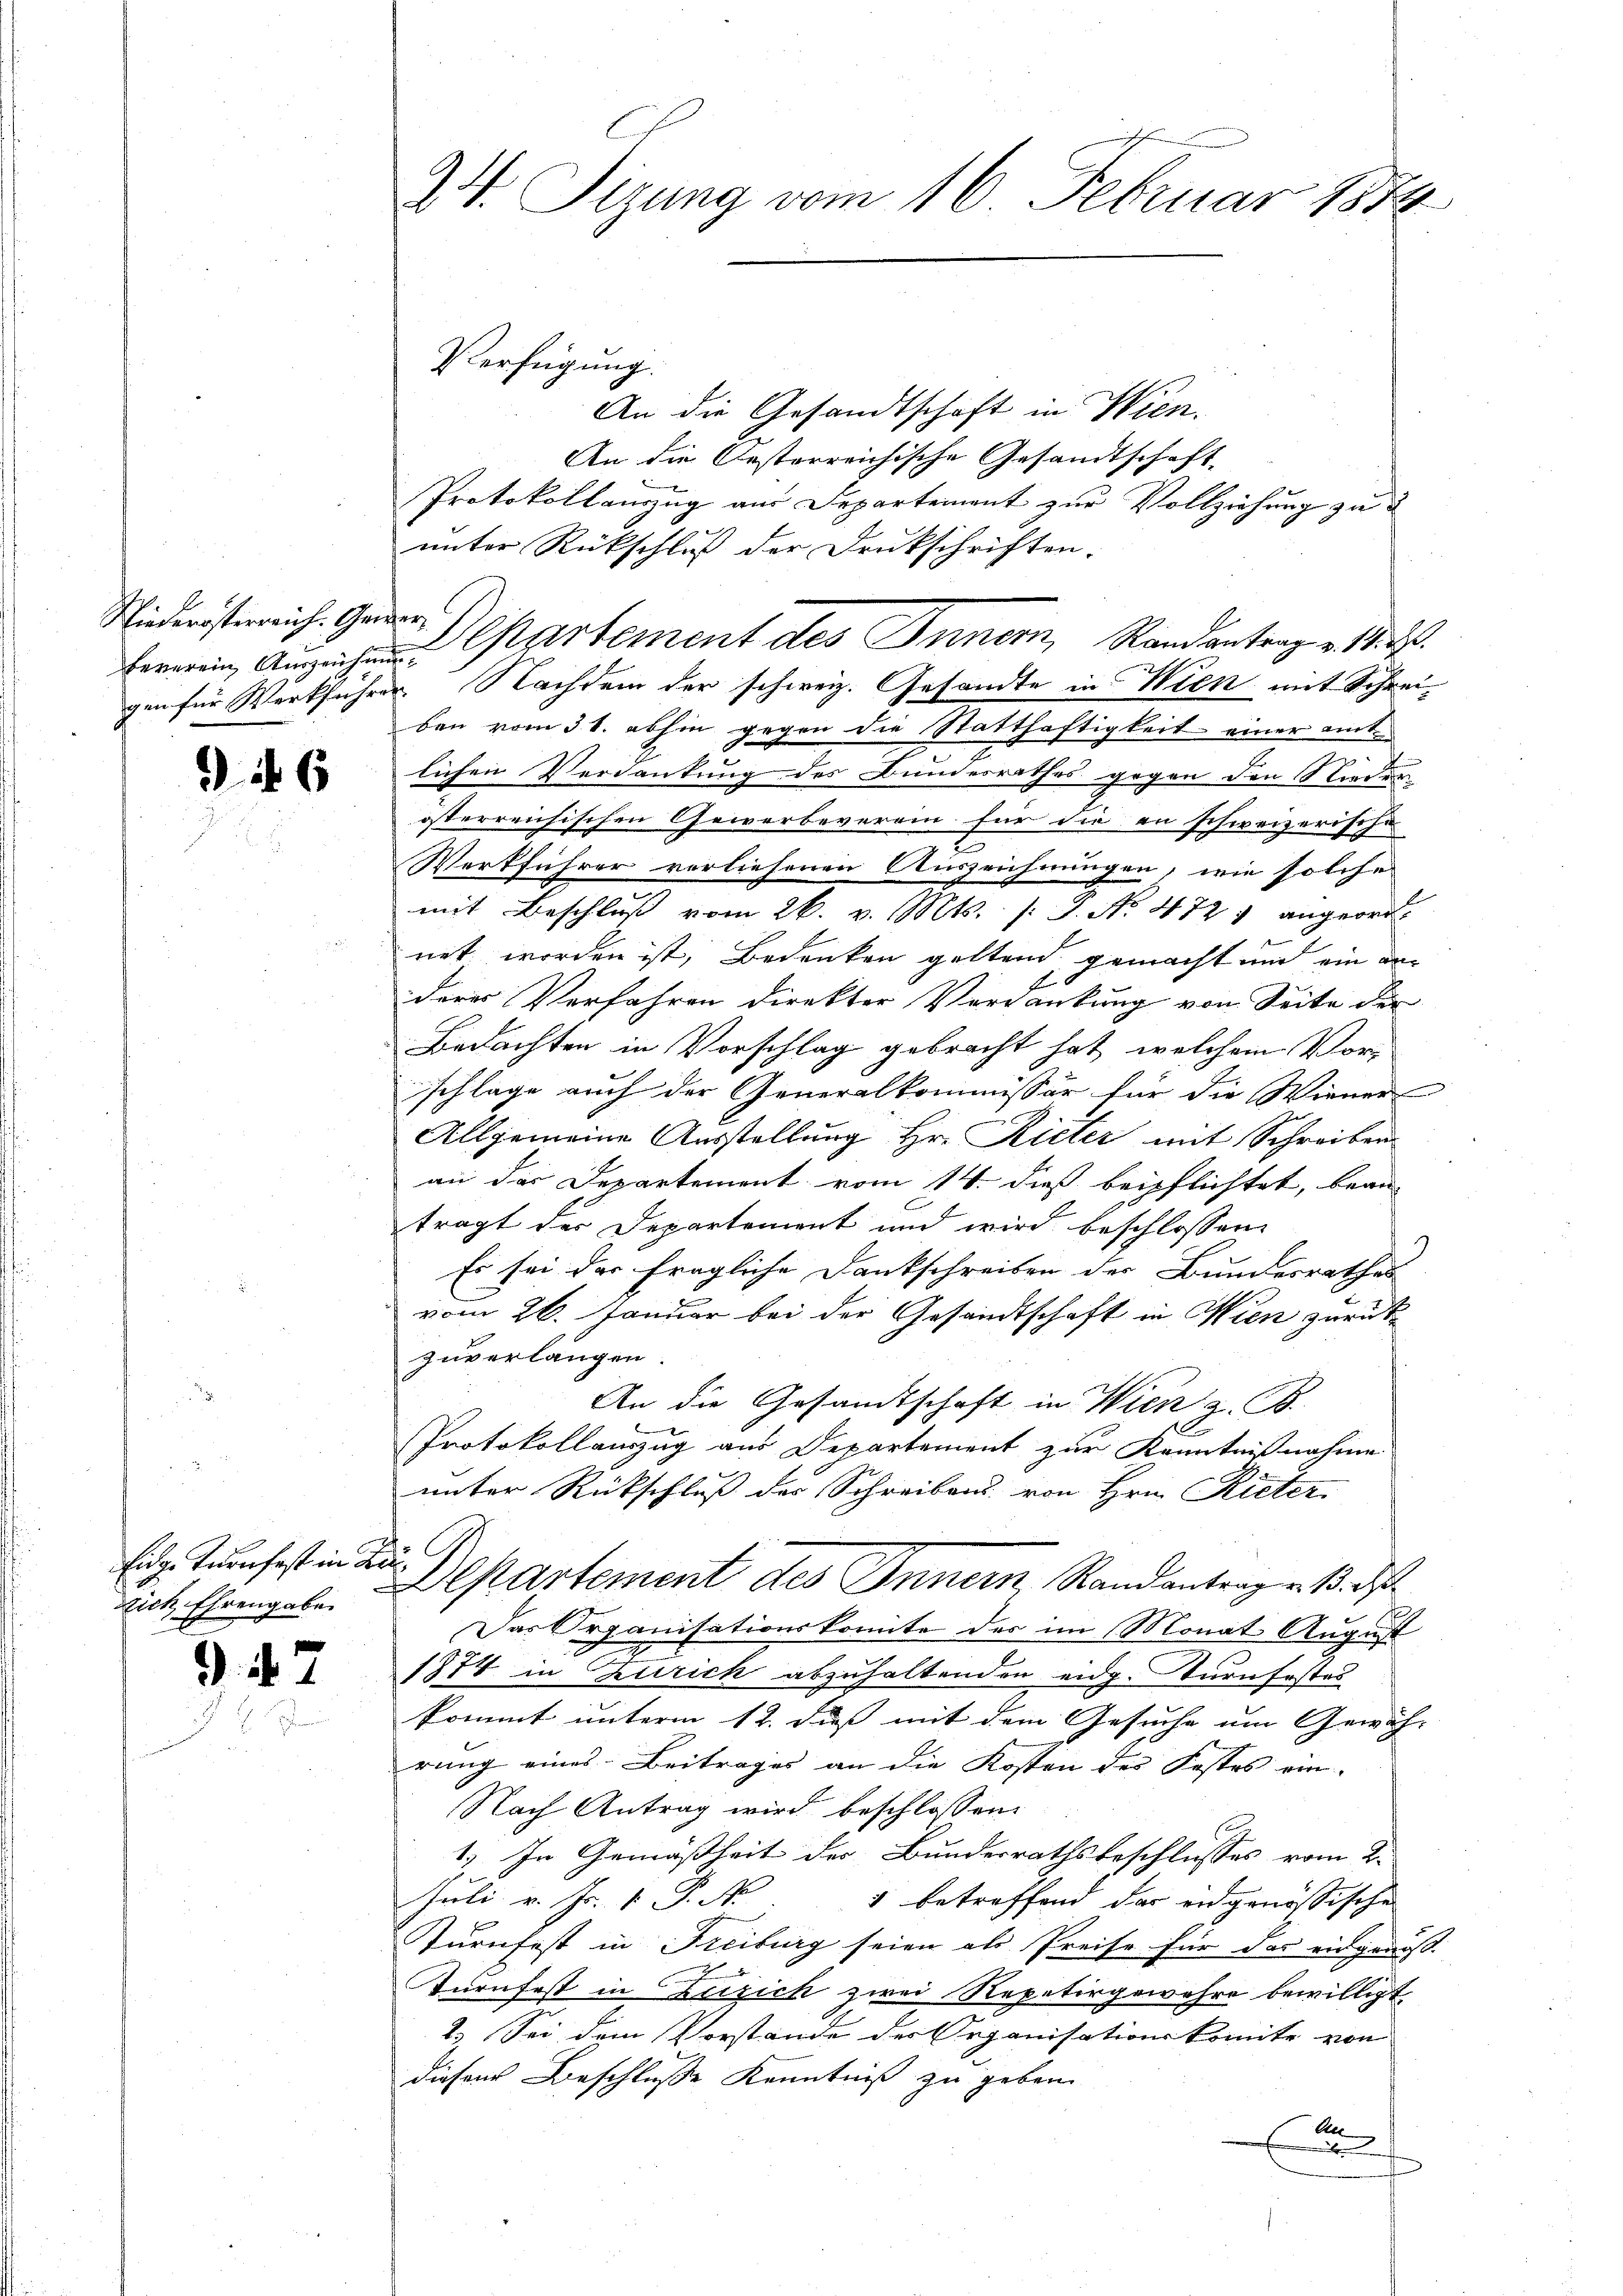
beverein Auszeichnun¬

§ 16

Eidg. Turnfest in Lu
Dich Ehrengabe.

5

24. Sizung vom 16. Februar 188

An die Gesandtschaft in Wien.
An die Oesterreichische Gesandtschaft,
Protokollanzug am Departement zur Vollziehung zu
unter Rückschluß der Drukschriften:
gen für Werkführer. Nachdem der schweiz. Gesandte in Wien mit Schrei-
ben vom 31. abhin gegen die Statthaftigkeit einer amtlichen Verdankung des Bundesrathes gegen den Nieder
österreichischen Gewerbeverein für die an schweizerische
Werkführer vorliehenen Auszeichnungen, wie solche
mit Beschluß vom 26. v. Mts. f. J. No. 472 angeord
net worden ist, Bedenken geltend, gemacht und ein der
deres Verfahren direkter Verdankung von Seite der
Bedachten in Vorschlag gebracht hat, welchem Vorschlage auch der Generalkommissär für die Wiener
Allgemeine Ausstellung Hr. Rieter mit Schreiben
an der Departement vom 14. dieß beipflichtet, bean
trägt der Departement und wird beschlossene
Es sei der fragliche Dankschreiben der Bundesrathes
vom 26. Januar bei der Gesandtschaft in Wien zurück
zuverlangen.
An die Gesandtschaft in Wien z. B.
Protokollauszug aus Departement zur Kenntnißnahme
unter Rückschluß des Schreibens von Hrn. Rieter
Departement des Innern, Randantrag v. 13. d.
Das Organisationskomite der im Monat August
1874 in Zürich abzuhaltenden eidg. Turnfestes
kommt unterm 12. daß mit dem Gesuche um Gewäh-
rung eines Beitrages an die Kosten der Fastes ein
Nach Antrag wird beschlossen:
1. In Gemäßheit des Bundesrathsbeschlusses vom 2.
Juli v. Fr. 1 P. No
1 betreffend das eidgenössischen
urnfest in Freiburg seien als Preise für das eidgenöß
Turnfest in Zusich zwei Repetirgewahre bewilligt.
2.) Sei dem Vorstände des Organisationskomite von
diesen Beschluße Kenntniß zu geben.
Al
x

Verfügung.

Niederösterreich. Gader Departement des Innern, Randantrag v. 18. d.